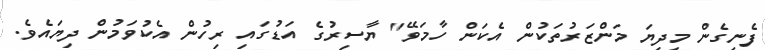
ފެނިގެން މިދިޔަ މަންޒަރުތަކުން އެކަން ހާމަވޭ" ޔާސިރުގެ އަޑުގައި ރިހުން އެކުވަމުން ދިޔައެވެ.